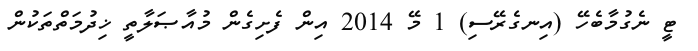
ޓީ ނެގުމާބެހޭ (އިނގެރޭސި) 1 މޭ 2014 އިން ފެށިގެން މުއާޞަލާތީ ޚިދުމަތްތަކުން